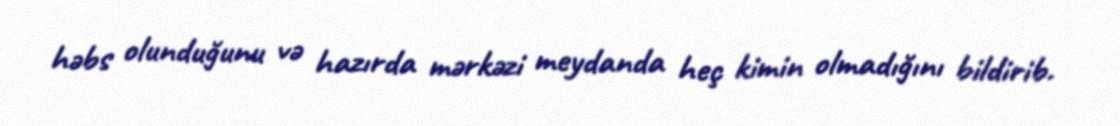
həbs olunduğunu və hazırda mərkəzi meydanda heç kimin olmadığını bildirib.